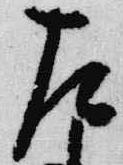
左